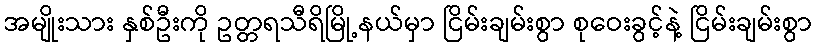
အမျိုးသား နှစ်ဦးကို ဥတ္တရသီရိမြို့နယ်မှာ ငြိမ်းချမ်းစွာ စုဝေးခွင့်နဲ့ ငြိမ်းချမ်းစွာ